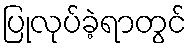
ပြုလုပ်ခဲ့ရာတွင်